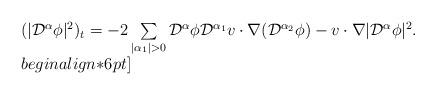
LaTeX: \begin{align*}\begin{array}{ll}(|\mathcal{D}^{\alpha}\phi|^2)_t = -2\sum\limits_{|\alpha_1|>0}\mathcal{D}^{\alpha}\phi\mathcal{D}^{\alpha_1}v\cdot\nabla(\mathcal{D}^{\alpha_2}\phi) -v\cdot\nabla|\mathcal{D}^{\alpha}\phi|^2.\\begin{align*}6pt]\end{array}\end{align*}